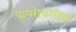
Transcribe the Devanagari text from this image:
पायरोफोरिक